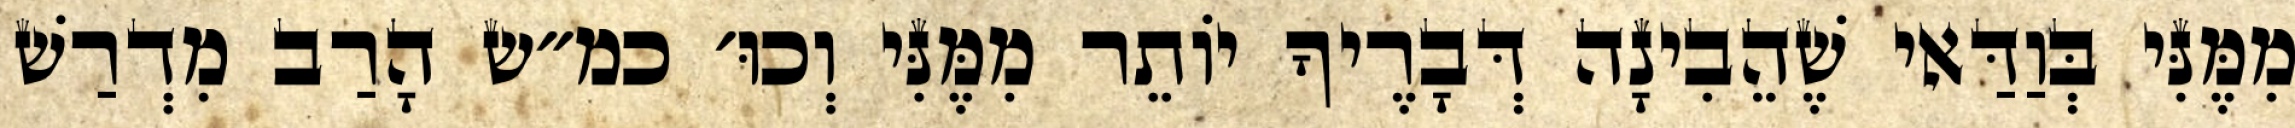
מִמֶּנִּי בְּוַדַּאי שֶׁהֵבִינָה דְּבָרֶיךָ יוֹתֵר מִמֶּנִּי וְכוּ׳ כמ״ש הָרַב מִדְרַשׁ